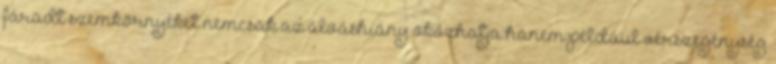
fáradt szemkörnyéket nemcsak az alváshiány okozhatja hanem például vérszegénység